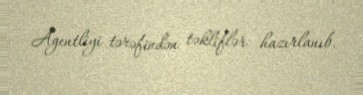
Agentliyi tərəfindən təkliflər hazırlanıb.